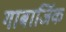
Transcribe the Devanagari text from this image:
गाबार्जिक